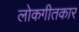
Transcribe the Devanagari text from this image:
लोकगीतकार